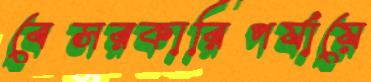
বেসরকারিপর্যায়ে